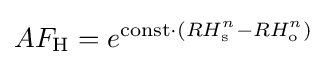
AF_{\text{H}}=e^{{\text{const}}\cdot (RH_{\text{s}}^{n}-RH_{\text{o}}^{n})}